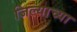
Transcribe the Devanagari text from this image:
जिल्याच्या